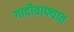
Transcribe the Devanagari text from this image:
गादीवाफ्यात